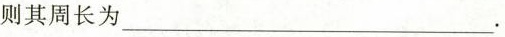
则其周长为___。